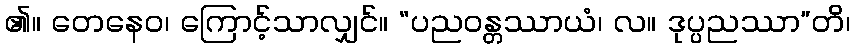
၏။ တေနေဝ၊ ကြောင့်သာလျှင်။ “ပညဝန္တဿာယံ၊ လ။ ဒုပ္ပညဿာ”တိ၊